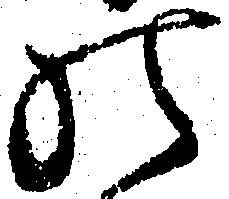
の